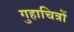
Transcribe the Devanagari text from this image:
गुहाचित्रों